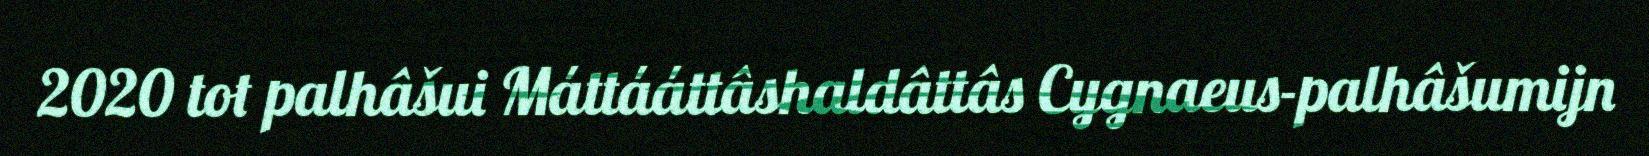
2020 tot palhâšui Máttááttâshaldâttâs Cygnaeus-palhâšumijn